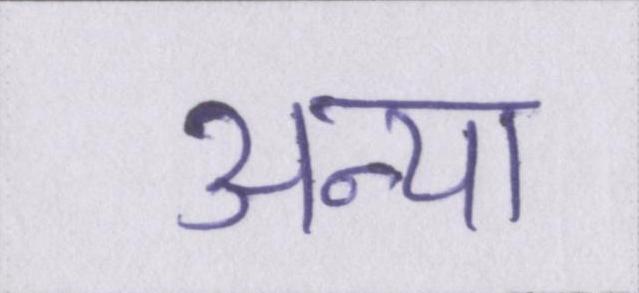
अन्या